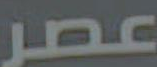
عصر